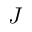
J